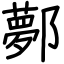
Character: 鄸